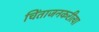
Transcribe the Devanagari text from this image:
चिंताजनकरीत्या